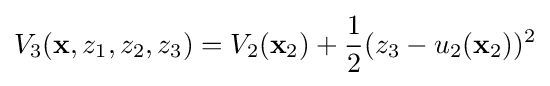
V_{3}(\mathbf {x} ,z_{1},z_{2},z_{3})=V_{2}(\mathbf {x} _{2})+{\frac {1}{2}}(z_{3}-u_{2}(\mathbf {x} _{2}))^{2}